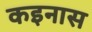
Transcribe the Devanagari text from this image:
कइनास